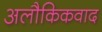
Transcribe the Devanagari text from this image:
अलौकिकवाद